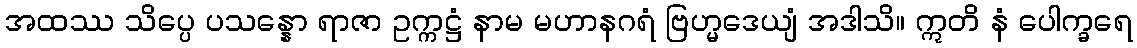
အထဿ သိပ္ပေ ပသန္နော ရာဇာ ဥက္ကဋ္ဌံ နာမ မဟာနဂရံ ဗြဟ္မဒေယျံ အဒါသိ။ ဣတိ နံ ပေါက္ခရေ